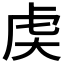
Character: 𬟧